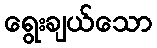
ရွေးချယ်သော